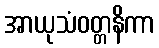
အာယုသံဝတ္တနိကာ